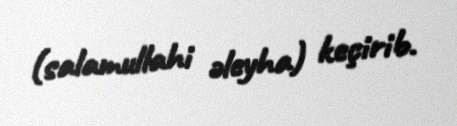
(salamullahi əleyha) keçirib.